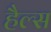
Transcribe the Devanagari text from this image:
हैल्स